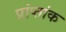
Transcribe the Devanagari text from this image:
प्रांप्तांक